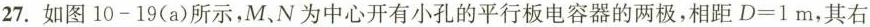
27.如图10-19(a)所示，M、N为中心开有小孔的平行板电容器的两极，相距$$D=1m$$，其右